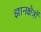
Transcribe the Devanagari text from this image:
ज्ञानक्षेत्रों